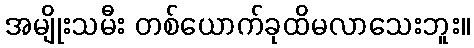
အမျိုးသမီး တစ်ယောက်ခုထိမလာသေးဘူး။